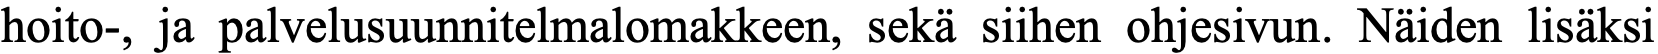
hoito-, ja palvelusuunnitelmalomakkeen, sekä siihen ohjesivun. Näiden lisäksi